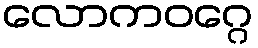
လောကဝဂ္ဂေ